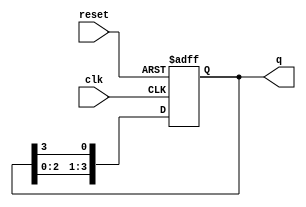
module ring_counter (
    input wire clk,       // Clock signal
    input wire reset,     // Reset signal
    output reg [3:0] q    // 4-bit output representing the state of the ring counter
);

    // Initial state of the ring counter
    initial begin
        q = 4'b0001; // Start with the first flip-flop set to '1'
    end

    // Sequential logic for the ring counter
    always @(posedge clk or posedge reset) begin
        if (reset) begin
            q <= 4'b0001; // Reset state: only the first flip-flop is '1'
        end else begin
            // Shift the '1' to the next flip-flop
            q <= {q[2:0], q[3]}; // Shift left and wrap around
        end
    end

endmodule